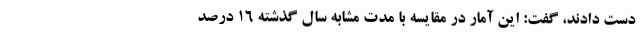
دست دادند، گفت: این آمار در مقایسه با مدت مشابه سال گذشته 16 درصد